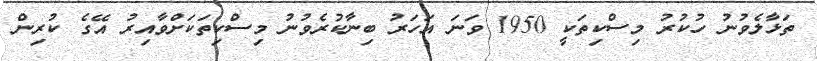
ތަޅާލެވުނު ހުކުރު މިސްކިތަކީ 1950 ވަނަ އަހަރު ބިނާކުރެވުނު މިސްކިތަކަށްވާއިރު އޭގެ ކުރިން